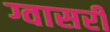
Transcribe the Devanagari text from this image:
ग्वासरी